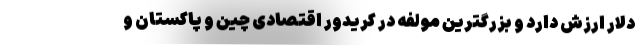
دلار ارزش دارد و بزرگترین مولفه در کریدور اقتصادی چین و پاکستان و